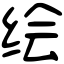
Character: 绘